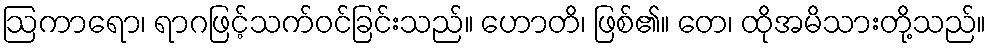
ဩကာရော၊ ရာဂဖြင့်သက်ဝင်ခြင်းသည်။ ဟောတိ၊ ဖြစ်၏။ တေ၊ ထိုအမိသားတို့သည်။